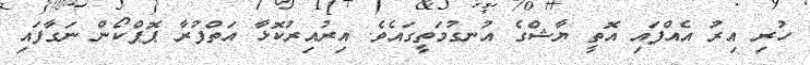
ހުރި އިރު އެއްފައި އޮތީ ޔާޝްގެ އުނގުމަތީގައެވެ. އިރުއިރުކޮޅާ އަތްފުރާ ޕޮޕްކޯން ނަގާފައި